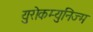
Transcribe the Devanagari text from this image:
युरोकम्युनिज्म